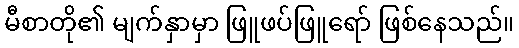
မီစာတို၏ မျက်နှာမှာ ဖြူဖပ်ဖြူရော် ဖြစ်နေသည်။